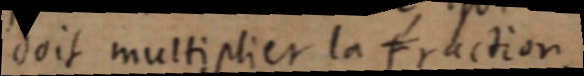
doit multiplier la Fraction,